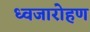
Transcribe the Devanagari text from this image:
ध्‍वजारोहण